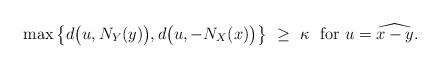
LaTeX: \begin{align*}\max \big\{ d\big(u,N_Y(y)\big) , d\big(u,-N_X(x)\big) \big\} ~\ge~ \kappa ~~ \mbox{for} ~ u = \widehat{x-y}.\end{align*}